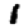
Digit: 1